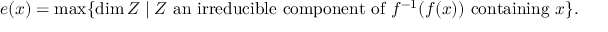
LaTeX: e ( x ) = \operatorname* { m a x } \{ \dim Z \mid Z { \mathrm { ~ a n ~ i r r e d u c i b l e ~ c o m p o n e n t ~ o f ~ } } f ^ { - 1 } ( f ( x ) ) { \mathrm { ~ c o n t a i n i n g ~ } } x \} .